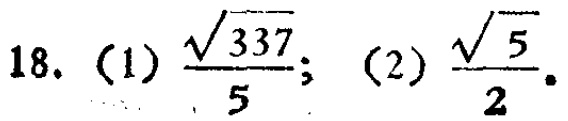
18. (1) $\frac{\sqrt{337}}{5}$; (2) $\frac{\sqrt{5}}{2}$.